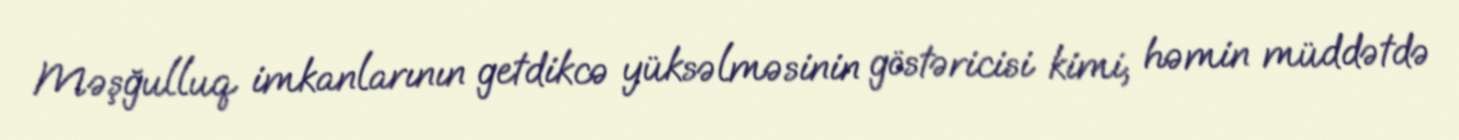
Məşğulluq imkanlarının getdikcə yüksəlməsinin göstəricisi kimi, həmin müddətdə